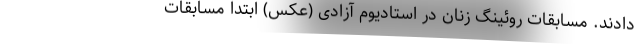
دادند. مسابقات روئینگ زنان در استادیوم آزادی (عکس) ابتدا مسابقات